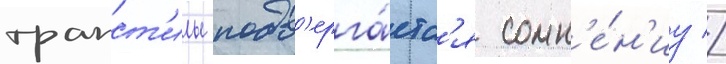
трапст'илы подв'ерга́етс'я сомн'е́н'иу //